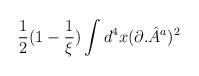
LaTeX: \begin{align*}\frac{1}{2}(1-\frac{1}{\xi })\int d^{4}x(\partial .{\hat{A}}^{a})^{2}\end{align*}